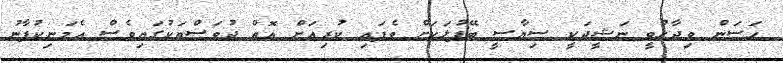
ހަސަން ވިދާޅުވީ ނަޝީދަކީ ސިޔާސީ ބޭފުޅަކަށް ވެފައި ކުރިއަށް އޮތް ދުވަސްތަކުގައިވެސް އެމަނިކުފާނު